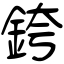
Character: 銙